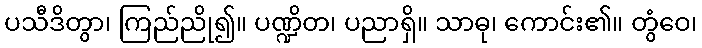
ပသီဒိတွာ၊ ကြည်ညို၍။ ပဏ္ဍိတ၊ ပညာရှိ။ သာဓု၊ ကောင်း၏။ တွံဝေ၊